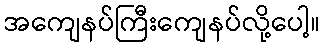
အကျေနပ်ကြီးကျေနပ်လို့ပေါ့။